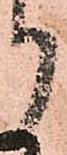
り